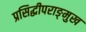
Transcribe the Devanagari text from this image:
प्रसिद्धीपराङ्‌मुख